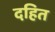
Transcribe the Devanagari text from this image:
दहित